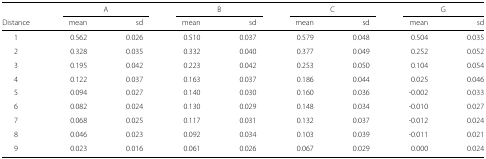
<table><thead><tr><td></td><td colspan="2"><b>A</b></td><td colspan="2"><b>B</b></td><td colspan="2"><b>C</b></td><td colspan="2"><b>G</b></td></tr><tr><td><b>Distance</b></td><td><b>mean</b></td><td><b>sd</b></td><td><b>mean</b></td><td><b>sd</b></td><td><b>mean</b></td><td><b>sd</b></td><td><b>mean</b></td><td><b>sd</b></td></tr></thead><tbody><tr><td>1</td><td>0.562</td><td>0.026</td><td>0.510</td><td>0.037</td><td>0.579</td><td>0.048</td><td>0.504</td><td>0.035</td></tr><tr><td>2</td><td>0.328</td><td>0.035</td><td>0.332</td><td>0.040</td><td>0.377</td><td>0.049</td><td>0.252</td><td>0.052</td></tr><tr><td>3</td><td>0.195</td><td>0.042</td><td>0.223</td><td>0.042</td><td>0.253</td><td>0.050</td><td>0.104</td><td>0.054</td></tr><tr><td>4</td><td>0.122</td><td>0.037</td><td>0.163</td><td>0.037</td><td>0.186</td><td>0.044</td><td>0.025</td><td>0.046</td></tr><tr><td>5</td><td>0.094</td><td>0.027</td><td>0.140</td><td>0.030</td><td>0.160</td><td>0.036</td><td>-0.002</td><td>0.033</td></tr><tr><td>6</td><td>0.082</td><td>0.024</td><td>0.130</td><td>0.029</td><td>0.148</td><td>0.034</td><td>-0.010</td><td>0.027</td></tr><tr><td>7</td><td>0.068</td><td>0.025</td><td>0.117</td><td>0.031</td><td>0.132</td><td>0.037</td><td>-0.012</td><td>0.024</td></tr><tr><td>8</td><td>0.046</td><td>0.023</td><td>0.092</td><td>0.034</td><td>0.103</td><td>0.039</td><td>-0.011</td><td>0.021</td></tr><tr><td>9</td><td>0.023</td><td>0.016</td><td>0.061</td><td>0.026</td><td>0.067</td><td>0.029</td><td>0.000</td><td>0.024</td></tr></tbody></table>